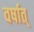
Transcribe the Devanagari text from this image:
वर्षात्